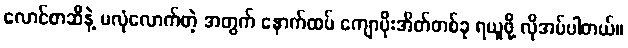
လောင်စာဆီနဲ့ မလုံလောက်တဲ့ အတွက် နောက်ထပ် ကျောပိုးအိတ်တစ်ခု ရယူဖို့ လိုအပ်ပါတယ်။